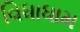
વિધાધામ